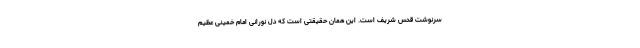
سرنوشت قدس شریف است. این همان حقیقتی است که دل نورانی امام خمینی عظیم